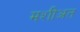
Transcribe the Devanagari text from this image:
मशीअत